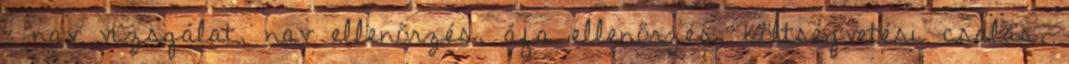
– nav vizsgálat, nav ellenőrzés, áfa ellenőrzés, költségvetési csalás,